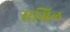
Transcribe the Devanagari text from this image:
एग्रिल